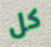
كل